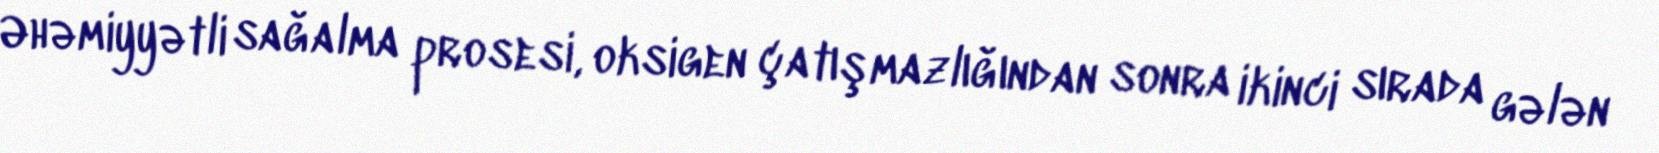
Əhəmiyyətli sağalma prosesi, oksigen çatışmazlığından sonra ikinci sırada gələn